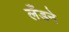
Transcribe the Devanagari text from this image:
लँडने